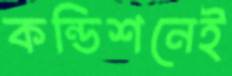
কন্ডিশনেই